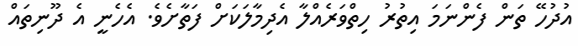
އުދުހޭ ތަން ފެންނަމަ އިތުރު ހިތްވަރެއްލާ އެދިމާލަކަށް ފަތާށެވެ. އެހެނީ އެ ދޫނިތައް